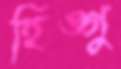
হিঙ্গু